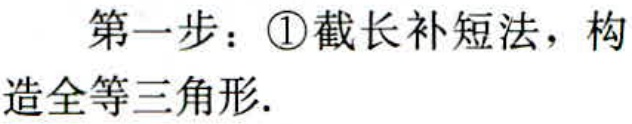
第一步：\textcircled{1}截长补短法，构造全等三角形.